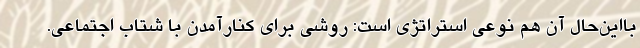
بااین‌حال آن هم نوعی استراتژی است: روشی برای کنارآمدن با شتاب اجتماعی.